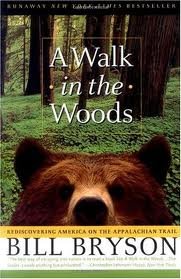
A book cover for A Walk in the Woods; Bill Bryson; Travel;